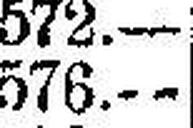
576.—